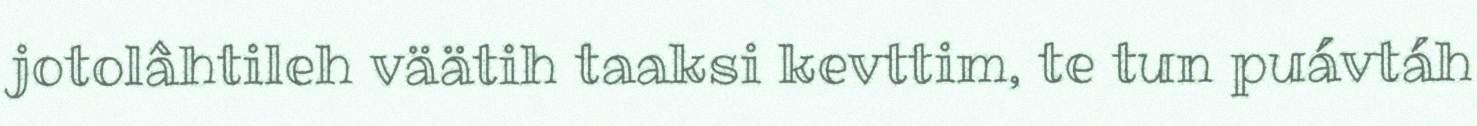
jotolâhtileh väätih taaksi kevttim, te tun puávtáh